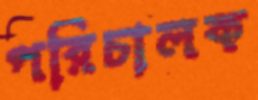
পরিচালক